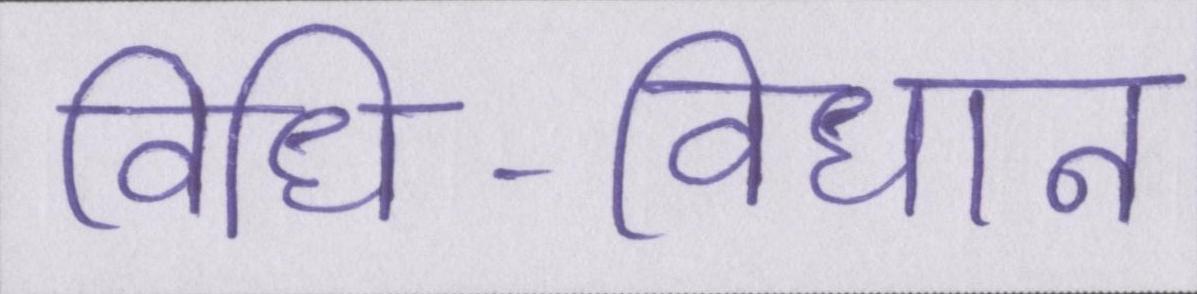
विधि-विधान